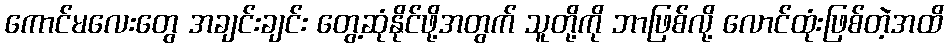
ကောင်မလေးတွေ အချင်းချင်း တွေ့ဆုံနိုင်ဖို့အတွက် သူတို့ကို ဘာဖြစ်လို့ လောင်ထုံးဖြစ်တဲ့အထိ